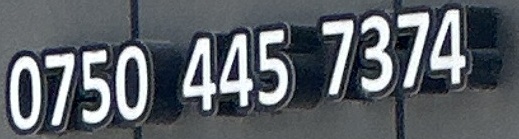
0750 445 7374